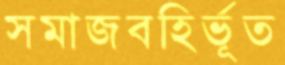
সমাজবহির্ভূত